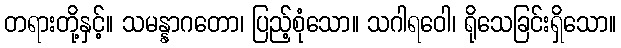
တရားတို့နှင့်။ သမန္နာဂတော၊ ပြည့်စုံသော။ သဂါရဝေါ၊ ရိုသေခြင်းရှိသော။